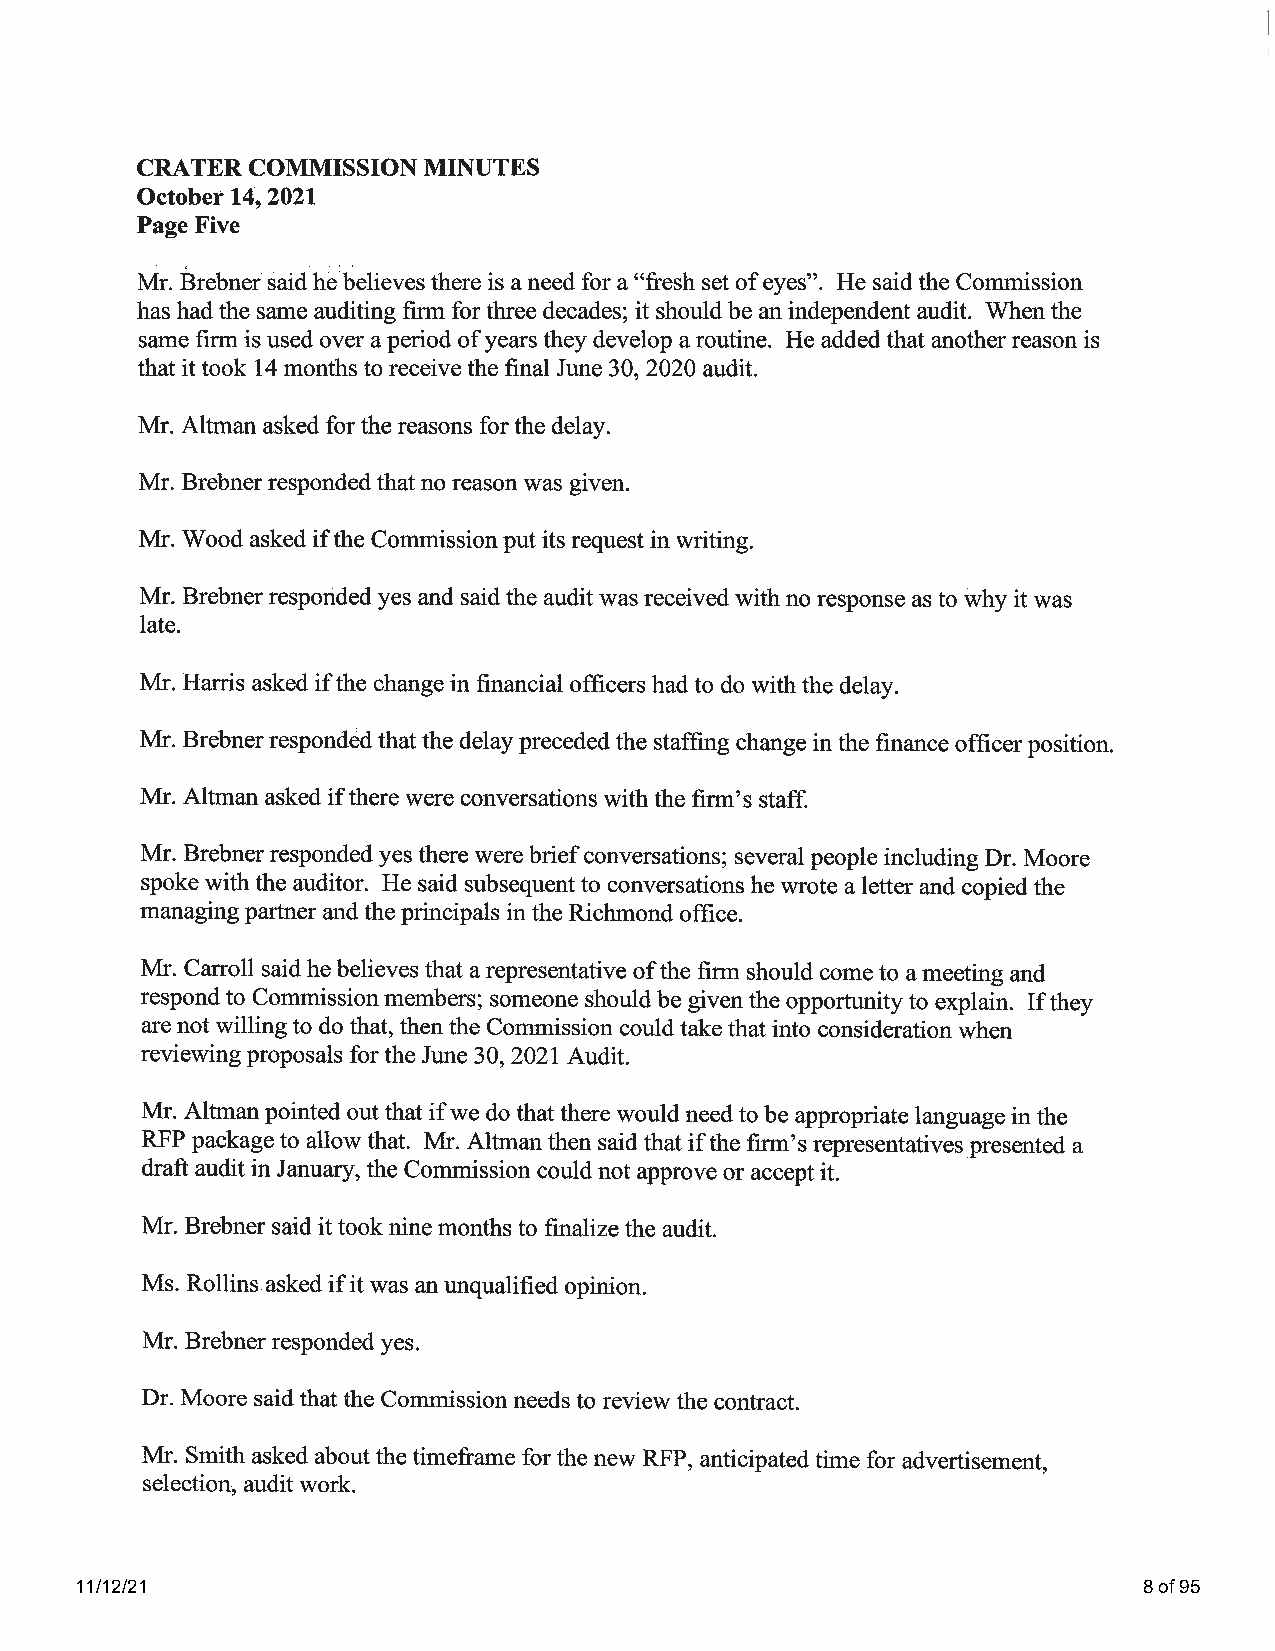
11/12/21                                                               8 of 95